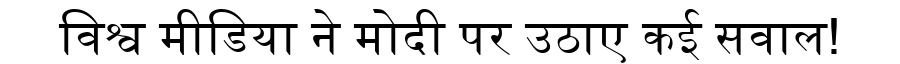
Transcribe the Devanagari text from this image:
विश्व मीडिया ने मोदी पर उठाए कई सवाल!